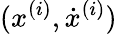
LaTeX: (x^{(i)},\dot{x}^{(i)})